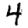
Digit: 4